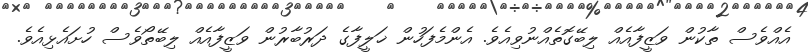
އެއްވެސް ތާކުން ވަޒީފާއެއް ލިބޭގޮތެއްނުވިއެވެ. އެންމެފަހުން ޚަލީފާގެ ދަރުބާރުން ވަޒީފާއެއް ލިބޭތޯވެސް ހުށައެޅިއެވެ.